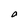
Character: a